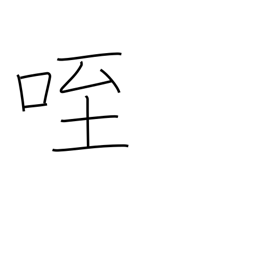
Meaning: eat